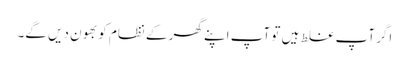
اگر آپ غلط ہیں تو آپ اپنے گھر کے نظام کو بھون دیں گے۔